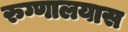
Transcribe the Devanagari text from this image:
रुग्णालयास